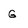
Character: G